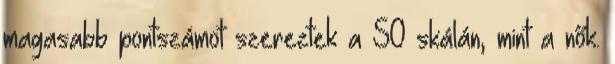
magasabb pontszámot szereztek a SO skálán, mint a nők.